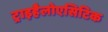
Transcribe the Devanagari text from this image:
ट्राइहैलोएसिटिक